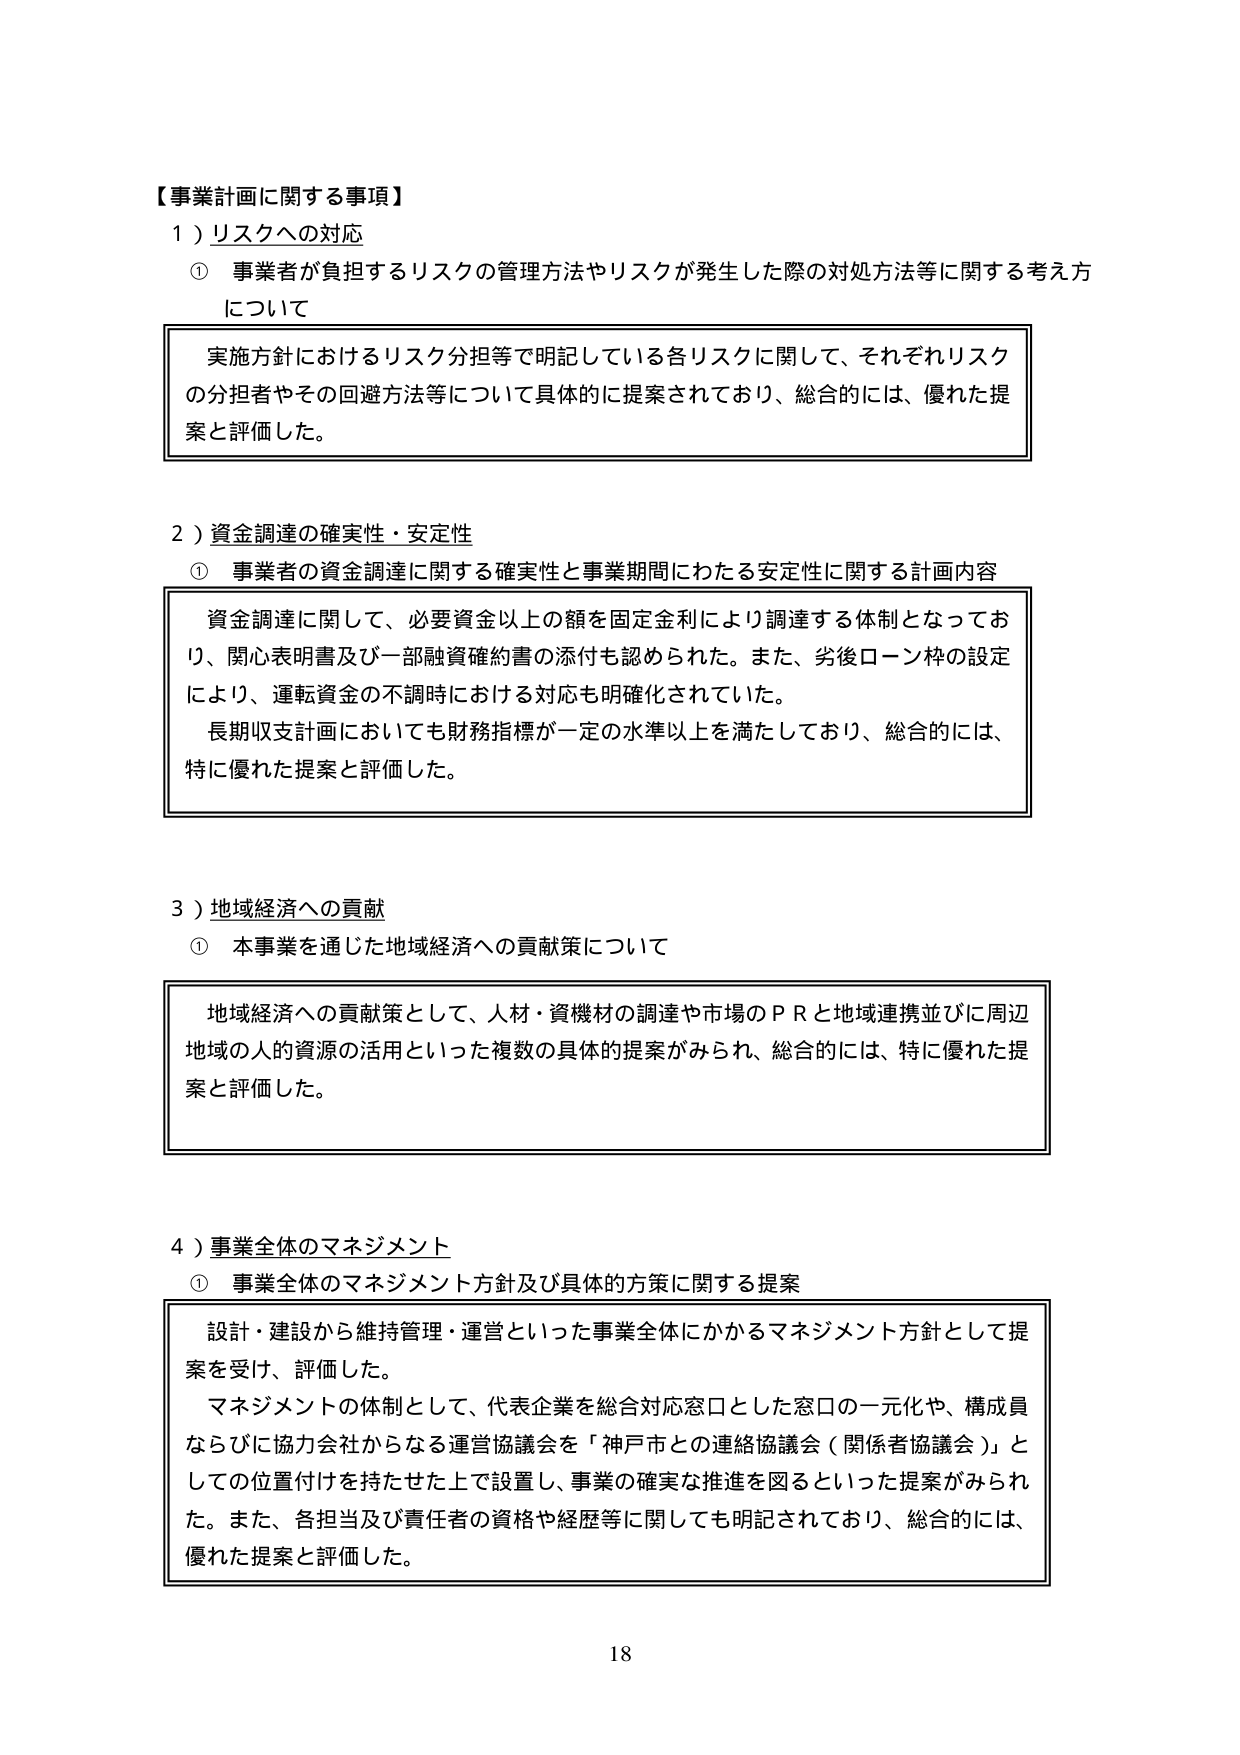
【事業計画に関する事項】
１）リスクへの対応
　① 事業者が負担するリスクの管理方法やリスクが発生した際の対処方法等に関する考え方について
　　実施方針におけるリスク分担等で明記している各リスクに関して、それぞれリスク
　　の分担者やその回避方法等について具体的に提案されており、総合的には、優れた提
　　案と評価した。

２）資金調達の確実性・安定性
　① 事業者の資金調達に関する確実性と事業期間にわたる安定性に関する計画内容
　　資金調達に関して、必要資金以上の額を固定金利により調達する体制となってお
　　り、関心表明書及び一部融資確約書の添付も認められた。また、劣後ローン枠の設定
　　により、運転資金の不調時における対応も明確化されていた。
　　長期収支計画においても財務指標が一定の水準以上を満たしており、総合的には、
　　特に優れた提案と評価した。

３）地域経済への貢献
　① 本事業を通じた地域経済への貢献策について
　　地域経済への貢献策として、人材・資機材の調達や市場のＰＲと地域連携並びに周辺
　　地域の人的資源の活用といった複数の具体的提案がみられ、総合的には、特に優れた提
　　案と評価した。

４）事業全体のマネジメント
　① 事業全体のマネジメント方針及び具体的方策に関する提案
　　設計・建設から維持管理・運営といった事業全体にかかるマネジメント方針として提
　　案を受け、評価した。
　　マネジメントの体制として、代表企業を総合対応窓口とした窓口の一元化や、構成員
　　ならびに協力会社からなる運営協議会を「神戸市との連絡協議会（関係者協議会）」と
　　しての位置付けを持たせた上で設置し、事業の確実な推進を図るといった提案がみられ
　　た。また、各担当及び責任者の資格や経歴等に関しても明記されており、総合的には、
　　優れた提案と評価した。

18